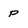
Character: P